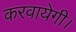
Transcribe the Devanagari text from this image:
करवायेगी।